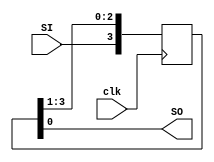
module problem4(SO,SI,clk);
    output SO;
    input SI,clk;
    reg [3:0]Q; 
    assign SO=Q[0];
    always@(posedge clk)
        Q={SI,Q[3:1]};
endmodule